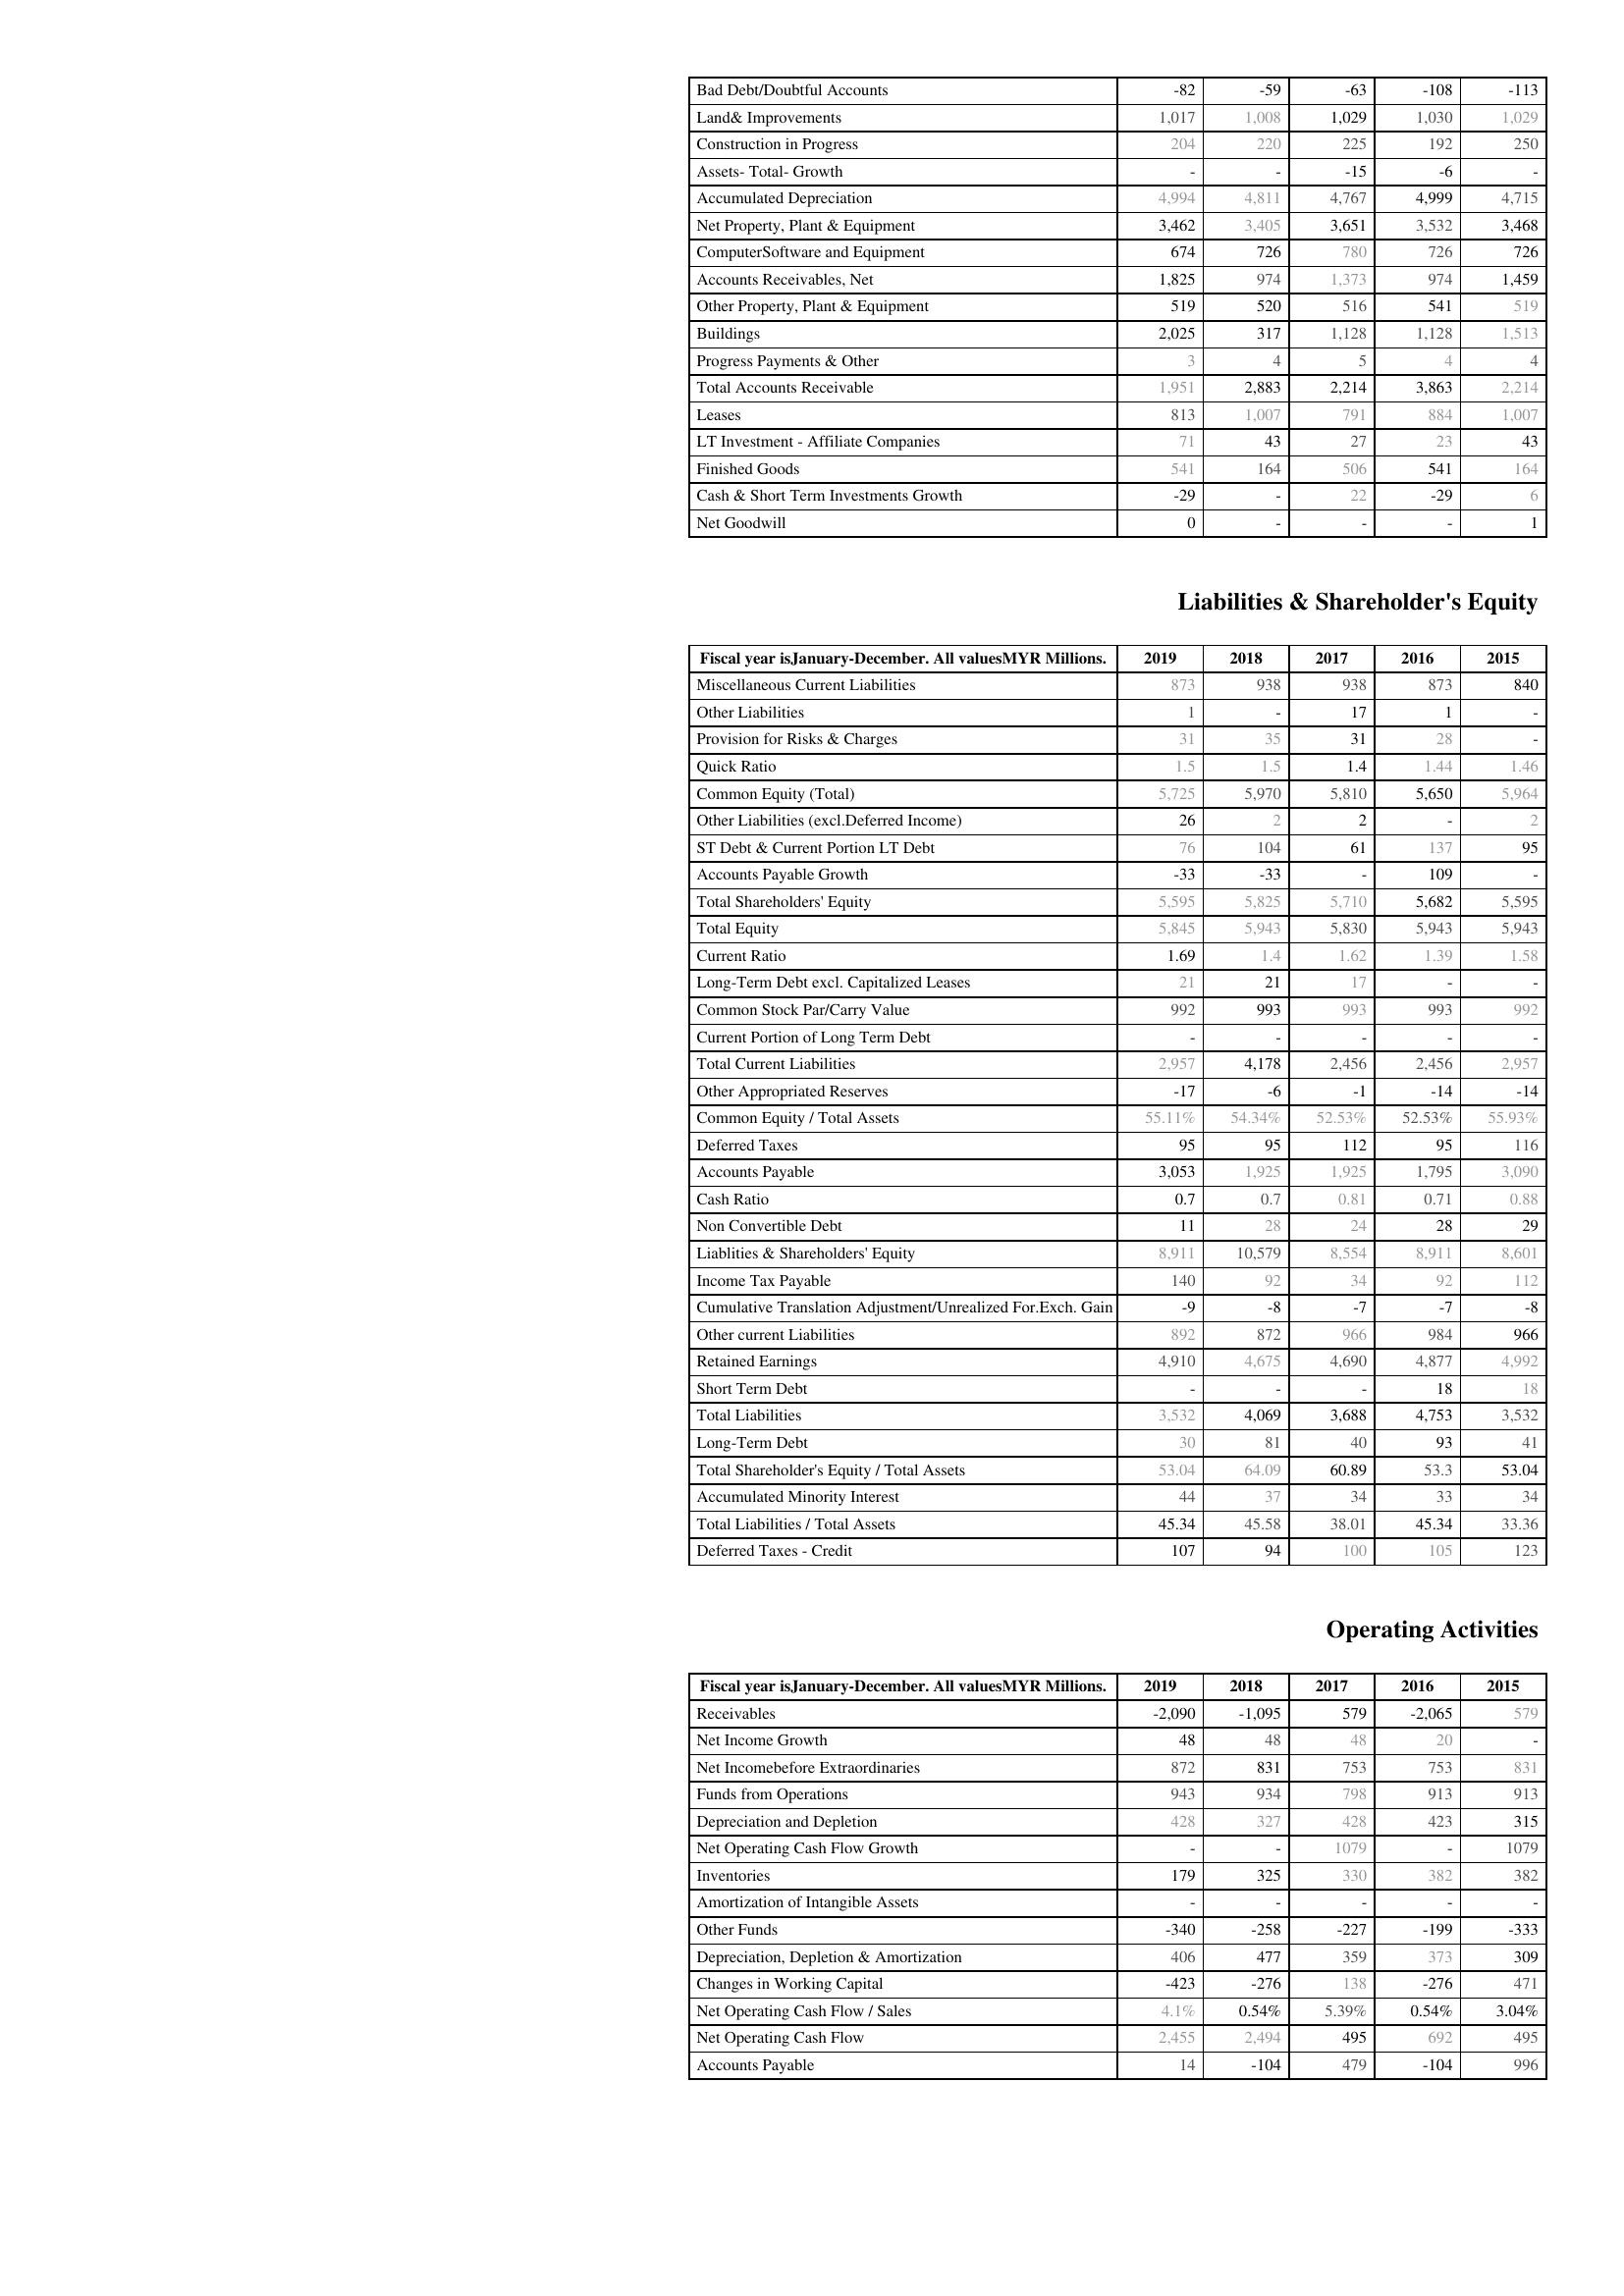
2019: Assets: Bad Debt/Doubtful Accounts: -82
Land& Improvements: 1,017
Construction in Progress: 204
Assets- Total- Growth: -
Accumulated Depreciation: 4,994
Net Property, Plant & Equipment: 3,462
ComputerSoftware and Equipment: 674
Accounts Receivables, Net: 1,825
Other Property, Plant & Equipment: 519
Buildings: 2,025
Progress Payments & Other: 3
Total Accounts Receivable: 1,951
Leases: 813
LT Investment - Affiliate Companies: 71
Finished Goods: 541
Cash & Short Term Investments Growth: -29
Net Goodwill: 0
Liabilities & Shareholder's Equity: Miscellaneous Current Liabilities: 873
Other Liabilities: 1
Provision for Risks & Charges: 31
Quick Ratio: 1.5
Common Equity (Total): 5,725
Other Liabilities (excl.Deferred Income): 26
ST Debt & Current Portion LT Debt: 76
Accounts Payable Growth: -33
Total Shareholders' Equity: 5,595
Total Equity: 5,845
Current Ratio: 1.69
Long-Term Debt excl. Capitalized Leases: 21
Common Stock Par/Carry Value: 992
Current Portion of Long Term Debt: -
Total Current Liabilities: 2,957
Other Appropriated Reserves: -17
Common Equity / Total Assets: 55.11%
Deferred Taxes: 95
Accounts Payable: 3,053
Cash Ratio: 0.7
Non Convertible Debt: 11
Liablities & Shareholders' Equity: 8,911
Income Tax Payable: 140
Cumulative Translation Adjustment/Unrealized For.Exch. Gain: -9
Other current Liabilities: 892
Retained Earnings: 4,910
Short Term Debt: -
Total Liabilities: 3,532
Long-Term Debt: 30
Total Shareholder's Equity / Total Assets: 53.04
Accumulated Minority Interest: 44
Total Liabilities / Total Assets: 45.34
Deferred Taxes - Credit: 107
Operating Activities: Receivables: -2,090
Net Income Growth: 48
Net Incomebefore Extraordinaries: 872
Funds from Operations: 943
Depreciation and Depletion: 428
Net Operating Cash Flow Growth: -
Inventories: 179
Amortization of Intangible Assets: -
Other Funds: -340
Depreciation, Depletion & Amortization: 406
Changes in Working Capital: -423
Net Operating Cash Flow / Sales: 4.1%
Net Operating Cash Flow: 2,455
Accounts Payable: 14
2018: Assets: Bad Debt/Doubtful Accounts: -59
Land& Improvements: 1,008
Construction in Progress: 220
Assets- Total- Growth: -
Accumulated Depreciation: 4,811
Net Property, Plant & Equipment: 3,405
ComputerSoftware and Equipment: 726
Accounts Receivables, Net: 974
Other Property, Plant & Equipment: 520
Buildings: 317
Progress Payments & Other: 4
Total Accounts Receivable: 2,883
Leases: 1,007
LT Investment - Affiliate Companies: 43
Finished Goods: 164
Cash & Short Term Investments Growth: -
Net Goodwill: -
Liabilities & Shareholder's Equity: Miscellaneous Current Liabilities: 938
Other Liabilities: -
Provision for Risks & Charges: 35
Quick Ratio: 1.5
Common Equity (Total): 5,970
Other Liabilities (excl.Deferred Income): 2
ST Debt & Current Portion LT Debt: 104
Accounts Payable Growth: -33
Total Shareholders' Equity: 5,825
Total Equity: 5,943
Current Ratio: 1.4
Long-Term Debt excl. Capitalized Leases: 21
Common Stock Par/Carry Value: 993
Current Portion of Long Term Debt: -
Total Current Liabilities: 4,178
Other Appropriated Reserves: -6
Common Equity / Total Assets: 54.34%
Deferred Taxes: 95
Accounts Payable: 1,925
Cash Ratio: 0.7
Non Convertible Debt: 28
Liablities & Shareholders' Equity: 10,579
Income Tax Payable: 92
Cumulative Translation Adjustment/Unrealized For.Exch. Gain: -8
Other current Liabilities: 872
Retained Earnings: 4,675
Short Term Debt: -
Total Liabilities: 4,069
Long-Term Debt: 81
Total Shareholder's Equity / Total Assets: 64.09
Accumulated Minority Interest: 37
Total Liabilities / Total Assets: 45.58
Deferred Taxes - Credit: 94
Operating Activities: Receivables: -1,095
Net Income Growth: 48
Net Incomebefore Extraordinaries: 831
Funds from Operations: 934
Depreciation and Depletion: 327
Net Operating Cash Flow Growth: -
Inventories: 325
Amortization of Intangible Assets: -
Other Funds: -258
Depreciation, Depletion & Amortization: 477
Changes in Working Capital: -276
Net Operating Cash Flow / Sales: 0.54%
Net Operating Cash Flow: 2,494
Accounts Payable: -104
2017: Assets: Bad Debt/Doubtful Accounts: -63
Land& Improvements: 1,029
Construction in Progress: 225
Assets- Total- Growth: -15
Accumulated Depreciation: 4,767
Net Property, Plant & Equipment: 3,651
ComputerSoftware and Equipment: 780
Accounts Receivables, Net: 1,373
Other Property, Plant & Equipment: 516
Buildings: 1,128
Progress Payments & Other: 5
Total Accounts Receivable: 2,214
Leases: 791
LT Investment - Affiliate Companies: 27
Finished Goods: 506
Cash & Short Term Investments Growth: 22
Net Goodwill: -
Liabilities & Shareholder's Equity: Miscellaneous Current Liabilities: 938
Other Liabilities: 17
Provision for Risks & Charges: 31
Quick Ratio: 1.4
Common Equity (Total): 5,810
Other Liabilities (excl.Deferred Income): 2
ST Debt & Current Portion LT Debt: 61
Accounts Payable Growth: -
Total Shareholders' Equity: 5,710
Total Equity: 5,830
Current Ratio: 1.62
Long-Term Debt excl. Capitalized Leases: 17
Common Stock Par/Carry Value: 993
Current Portion of Long Term Debt: -
Total Current Liabilities: 2,456
Other Appropriated Reserves: -1
Common Equity / Total Assets: 52.53%
Deferred Taxes: 112
Accounts Payable: 1,925
Cash Ratio: 0.81
Non Convertible Debt: 24
Liablities & Shareholders' Equity: 8,554
Income Tax Payable: 34
Cumulative Translation Adjustment/Unrealized For.Exch. Gain: -7
Other current Liabilities: 966
Retained Earnings: 4,690
Short Term Debt: -
Total Liabilities: 3,688
Long-Term Debt: 40
Total Shareholder's Equity / Total Assets: 60.89
Accumulated Minority Interest: 34
Total Liabilities / Total Assets: 38.01
Deferred Taxes - Credit: 100
Operating Activities: Receivables: 579
Net Income Growth: 48
Net Incomebefore Extraordinaries: 753
Funds from Operations: 798
Depreciation and Depletion: 428
Net Operating Cash Flow Growth: 1079
Inventories: 330
Amortization of Intangible Assets: -
Other Funds: -227
Depreciation, Depletion & Amortization: 359
Changes in Working Capital: 138
Net Operating Cash Flow / Sales: 5.39%
Net Operating Cash Flow: 495
Accounts Payable: 479
2016: Assets: Bad Debt/Doubtful Accounts: -108
Land& Improvements: 1,030
Construction in Progress: 192
Assets- Total- Growth: -6
Accumulated Depreciation: 4,999
Net Property, Plant & Equipment: 3,532
ComputerSoftware and Equipment: 726
Accounts Receivables, Net: 974
Other Property, Plant & Equipment: 541
Buildings: 1,128
Progress Payments & Other: 4
Total Accounts Receivable: 3,863
Leases: 884
LT Investment - Affiliate Companies: 23
Finished Goods: 541
Cash & Short Term Investments Growth: -29
Net Goodwill: -
Liabilities & Shareholder's Equity: Miscellaneous Current Liabilities: 873
Other Liabilities: 1
Provision for Risks & Charges: 28
Quick Ratio: 1.44
Common Equity (Total): 5,650
Other Liabilities (excl.Deferred Income): -
ST Debt & Current Portion LT Debt: 137
Accounts Payable Growth: 109
Total Shareholders' Equity: 5,682
Total Equity: 5,943
Current Ratio: 1.39
Long-Term Debt excl. Capitalized Leases: -
Common Stock Par/Carry Value: 993
Current Portion of Long Term Debt: -
Total Current Liabilities: 2,456
Other Appropriated Reserves: -14
Common Equity / Total Assets: 52.53%
Deferred Taxes: 95
Accounts Payable: 1,795
Cash Ratio: 0.71
Non Convertible Debt: 28
Liablities & Shareholders' Equity: 8,911
Income Tax Payable: 92
Cumulative Translation Adjustment/Unrealized For.Exch. Gain: -7
Other current Liabilities: 984
Retained Earnings: 4,877
Short Term Debt: 18
Total Liabilities: 4,753
Long-Term Debt: 93
Total Shareholder's Equity / Total Assets: 53.3
Accumulated Minority Interest: 33
Total Liabilities / Total Assets: 45.34
Deferred Taxes - Credit: 105
Operating Activities: Receivables: -2,065
Net Income Growth: 20
Net Incomebefore Extraordinaries: 753
Funds from Operations: 913
Depreciation and Depletion: 423
Net Operating Cash Flow Growth: -
Inventories: 382
Amortization of Intangible Assets: -
Other Funds: -199
Depreciation, Depletion & Amortization: 373
Changes in Working Capital: -276
Net Operating Cash Flow / Sales: 0.54%
Net Operating Cash Flow: 692
Accounts Payable: -104
2015: Assets: Bad Debt/Doubtful Accounts: -113
Land& Improvements: 1,029
Construction in Progress: 250
Assets- Total- Growth: -
Accumulated Depreciation: 4,715
Net Property, Plant & Equipment: 3,468
ComputerSoftware and Equipment: 726
Accounts Receivables, Net: 1,459
Other Property, Plant & Equipment: 519
Buildings: 1,513
Progress Payments & Other: 4
Total Accounts Receivable: 2,214
Leases: 1,007
LT Investment - Affiliate Companies: 43
Finished Goods: 164
Cash & Short Term Investments Growth: 6
Net Goodwill: 1
Liabilities & Shareholder's Equity: Miscellaneous Current Liabilities: 840
Other Liabilities: -
Provision for Risks & Charges: -
Quick Ratio: 1.46
Common Equity (Total): 5,964
Other Liabilities (excl.Deferred Income): 2
ST Debt & Current Portion LT Debt: 95
Accounts Payable Growth: -
Total Shareholders' Equity: 5,595
Total Equity: 5,943
Current Ratio: 1.58
Long-Term Debt excl. Capitalized Leases: -
Common Stock Par/Carry Value: 992
Current Portion of Long Term Debt: -
Total Current Liabilities: 2,957
Other Appropriated Reserves: -14
Common Equity / Total Assets: 55.93%
Deferred Taxes: 116
Accounts Payable: 3,090
Cash Ratio: 0.88
Non Convertible Debt: 29
Liablities & Shareholders' Equity: 8,601
Income Tax Payable: 112
Cumulative Translation Adjustment/Unrealized For.Exch. Gain: -8
Other current Liabilities: 966
Retained Earnings: 4,992
Short Term Debt: 18
Total Liabilities: 3,532
Long-Term Debt: 41
Total Shareholder's Equity / Total Assets: 53.04
Accumulated Minority Interest: 34
Total Liabilities / Total Assets: 33.36
Deferred Taxes - Credit: 123
Operating Activities: Receivables: 579
Net Income Growth: -
Net Incomebefore Extraordinaries: 831
Funds from Operations: 913
Depreciation and Depletion: 315
Net Operating Cash Flow Growth: 1079
Inventories: 382
Amortization of Intangible Assets: -
Other Funds: -333
Depreciation, Depletion & Amortization: 309
Changes in Working Capital: 471
Net Operating Cash Flow / Sales: 3.04%
Net Operating Cash Flow: 495
Accounts Payable: 996